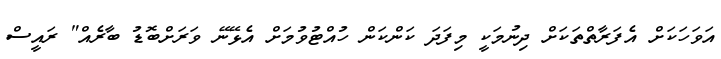
އަވަހަކަށް އެފަރާތްތަކަށް ދިނުމަކީ މިފަދަ ކަންކަން ހުއްޓުވުމަށް އެޅޭނޭ ވަރަށްބޮޑު ބާރެއް" ރައީސް